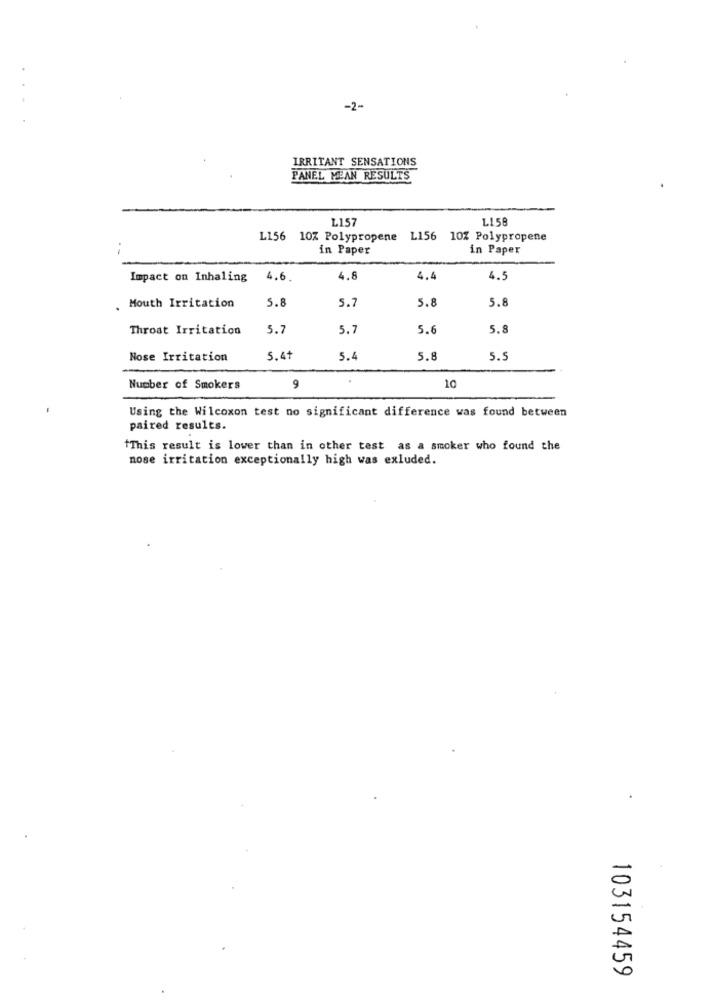
-2-
IRRITANT SENSATIONS
PANEL MEAN RESULTS
1.157
1158
L156 10% Polypropene
L156 10% Polypropene
.-
in Paper
in Paper
Impact on Inhaling
4.6.
4.8
4.4
4.5
5.8
5.7
5.8
5.8
Mouth Irritation
Throat Irritation
5.7
5.7
5.1
5.8
Nose Irritation
5.41
5.4
5.8
5.5
10
Number of Smokers
9
Using the Wilcoxon test no significant difference was found between
paired results.
This result is lower than in other test as a smoker who found the
nose irritation exceptionally high was exluded.
103154459